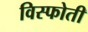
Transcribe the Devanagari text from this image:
विस्फोती